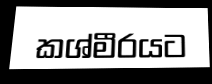
කශ්මීරයට